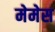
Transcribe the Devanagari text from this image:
मेमेस